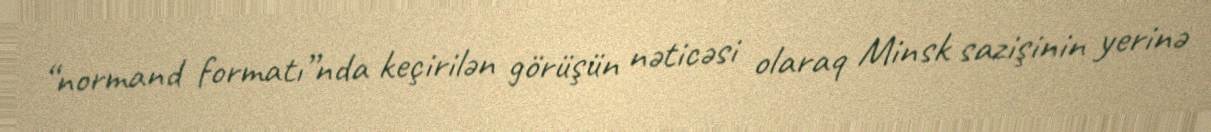
“normand formatı”nda keçirilən görüşün nəticəsi olaraq Minsk sazişinin yerinə